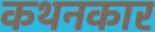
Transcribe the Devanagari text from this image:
कथनकार